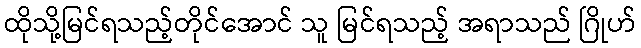
ထိုသို့မြင်ရသည့်တိုင်အောင် သူ မြင်ရသည့် အရာသည် ဂြိုဟ်